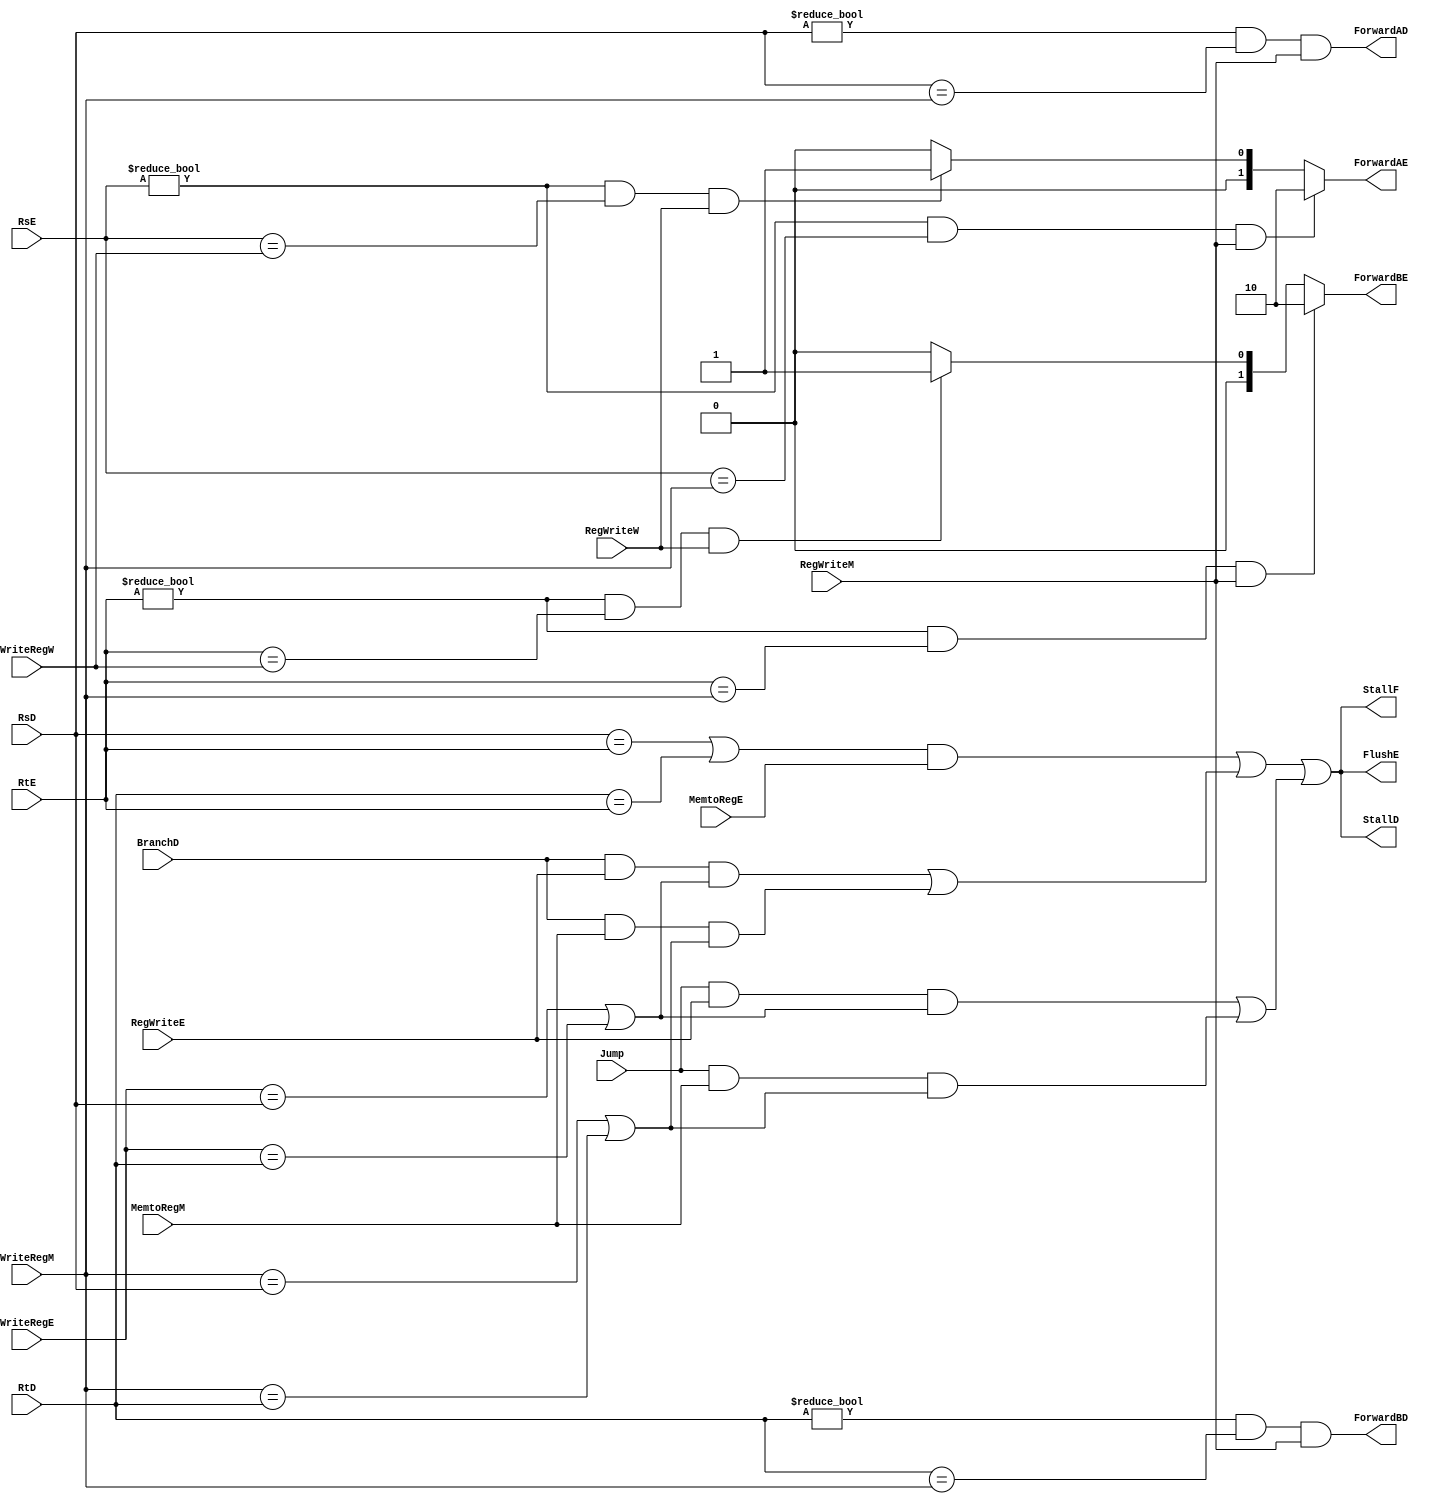
module hazunit(input[4:0] RsE, RtE, RsD,RtD, WriteRegM, WriteRegW, WriteRegE, 
			   input RegWriteE, RegWriteM, RegWriteW, MemtoRegE,MemtoRegM, BranchD, Jump,
			   output [1:0] ForwardAE, ForwardBE,
			   output StallF, StallD, FlushE, ForwardAD, ForwardBD);
	
	reg lwstall, branchstall, superstall, jumpstall; 
	reg [1:0] ForwardAEReg, ForwardBEReg;
	reg ForwardADReg, ForwardBDReg;
	
	always @(*) begin  //Forward AE and ForwardBE
		if ((RsE !=0) & (RsE == WriteRegM) & (RegWriteM)) 
			ForwardAEReg <= 10;
		else if ((RsE !=0) & (RsE == WriteRegW) & (RegWriteW))
			ForwardAEReg <= 01;
		else 
			ForwardAEReg <= 00;
			
		if ((RtE !=0) & (RtE == WriteRegM) & (RegWriteM)) 
			ForwardBEReg <= 10;
		else if ((RtE !=0) & (RtE == WriteRegW) && (RegWriteW))
			ForwardBEReg <= 01;
		else 
			ForwardBEReg <= 00;
		
		//Forward AD and Forward BD
		ForwardADReg <= (RsD !=0) & (RsD == WriteRegM) & RegWriteM;
		ForwardBDReg <= (RtD !=0) & (RtD == WriteRegM) & RegWriteM;
			
		//LWstall	
		lwstall <= ((RsD == RtE) | (RtD == RtE)) & MemtoRegE;
		
		//Branch Stall
		branchstall <= (BranchD & RegWriteE & (WriteRegE == RsD | WriteRegE == RtD)) |
					   (BranchD & MemtoRegM & (WriteRegM == RsD | WriteRegM == RtD));
		//Jump Stall
		jumpstall <= (Jump & RegWriteE & (WriteRegE == RsD | WriteRegE == RtD)) |
					 (Jump & MemtoRegM & (WriteRegM == RsD | WriteRegM == RtD));
					   
		superstall <= lwstall | branchstall | jumpstall;
		
	end 
	//Assigning Outputs
	assign ForwardAE = ForwardAEReg;
	assign ForwardBE = ForwardBEReg;
	
	assign ForwardAD = ForwardADReg;
	assign ForwardBD = ForwardBDReg;
	
	assign StallF = superstall;
	assign StallD = superstall;
	assign FlushE = superstall;
	
endmodule